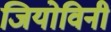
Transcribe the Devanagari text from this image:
जियोविनी